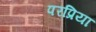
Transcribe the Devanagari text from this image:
परप्रिया